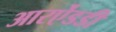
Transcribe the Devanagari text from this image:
आरऐंडडी